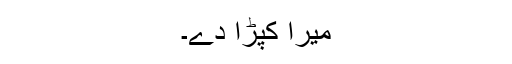
میرا کپڑا دے۔